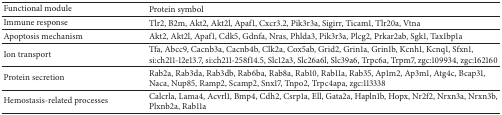
| Functional module | Protein symbol |
 | --- | --- |
 | Immune response | Tlr2, B2m, Akt2, Akt2l, Apaf1, Cxcr3.2, Pik3r3a, Sigirr, Ticam1, Tlr20a, Vtna |
 | Apoptosis mechanism | Akt2, Akt2l, Apaf1, Cdk5, Gdnfa, Nras, Phlda3, Pik3r3a, Plcg2, Prkar2ab, Sgk1, Tax1bp1a |
 | Ion transport | Tfa, Abcc9, Cacnb3a, Cacnb4b, Clk2a, Cox5ab, Grid2, Grin1a, Grin1b, Kcnh1, Kcnq1, Sfxn1, si:ch211-12e13.7, si:ch211-258f14.5, Slc12a3, Slc26a6l, Slc39a6, Trpc6a, Trpm7, zgc:109934, zgc:162160 |
 | Protein secretion | Rab2a, Rab3da, Rab3db, Rab6ba, Rab8a, Rab10, Rab11a, Rab35, Ap1m2, Ap3m1, Atg4c, Bcap31, Naca, Nup85, Ramp2, Scamp2, Snx17, Tnpo2, Trpc4apa, zgc:113338 |
 | Hemostasis-related processes | Calcrla, Lama4, Acvrl1, Bmp4, Cdh2, Csrp1a, Ell, Gata2a, Hapln1b, Hopx, Nr2f2, Nrxn3a, Nrxn3b, Plxnb2a, Rab11a |